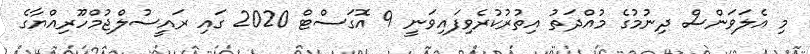
މި އެލަވަންސް ދިނުމުގެ މުއްދަތު އިތުރުކުރެވިފައިވަނީ 9 އޮގަސްޓް 2020 ގައި ރައީސުލްޖުމްހޫރިއްޔާގެ